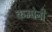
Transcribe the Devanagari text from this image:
कम्पेनी